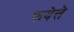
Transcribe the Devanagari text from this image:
फयेत्ते